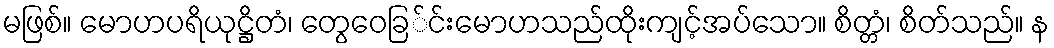
မဖြစ်။ မောဟပရိယုဋ္ဌိတံ၊ တွေဝေခြ်င်းမောဟသည်ထိုးကျင့်အပ်သော။ စိတ္တံ၊ စိတ်သည်။ န